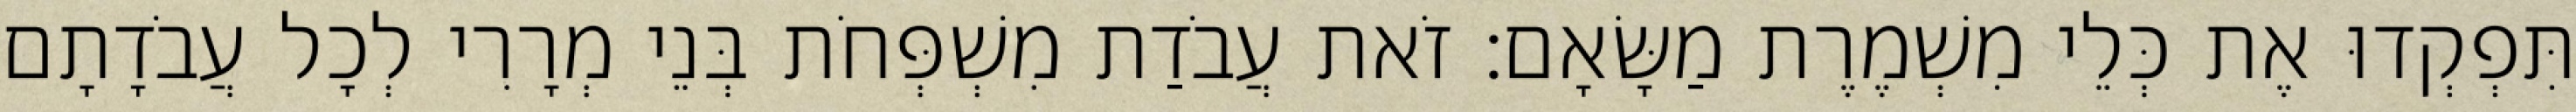
תִּפְקְדוּ אֶת כְּלֵי מִשְׁמֶרֶת מַשָּׂאָם׃ זֹאת עֲבֹדַת מִשְׁפְּחֹת בְּנֵי מְרָרִי לְכָל עֲבֹדָתָם